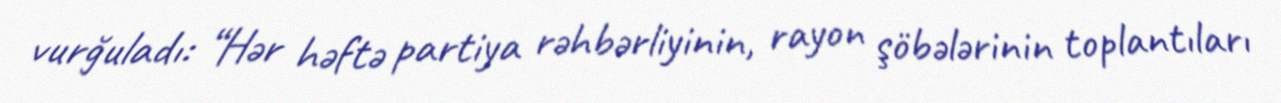
vurğuladı: “Hər həftə partiya rəhbərliyinin, rayon şöbələrinin toplantıları